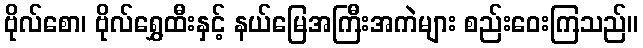
ဗိုလ်စော၊ ဗိုလ်ရွှေထီးနှင့် နယ်မြေအကြီးအကဲများ စည်းဝေးကြသည်။